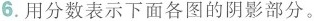
6.用分数表示下面各图的阴影部分。